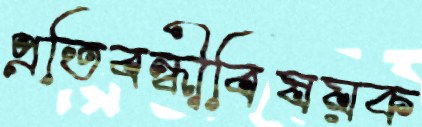
প্রতিবন্ধীবিষয়ক